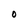
Character: O